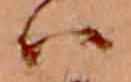
ハ